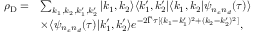
\begin{array} { r l } { \rho _ { \mathrm { D } } = } & { \sum _ { k _ { 1 } , k _ { 2 } , k _ { 1 } ^ { \prime } , k _ { 2 } ^ { \prime } } | k _ { 1 } , k _ { 2 } \rangle \langle k _ { 1 } ^ { \prime } , k _ { 2 } ^ { \prime } | \langle k _ { 1 } , k _ { 2 } | \psi _ { n _ { c } n _ { d } } ( \tau ) \rangle } \\ & { \times \langle \psi _ { n _ { c } n _ { d } } ( \tau ) | k _ { 1 } ^ { \prime } , k _ { 2 } ^ { \prime } \rangle e ^ { - 2 \tilde { \Gamma } \tau [ ( k _ { 1 } - k _ { 1 } ^ { \prime } ) ^ { 2 } + ( k _ { 2 } - k _ { 2 } ^ { \prime } ) ^ { 2 } ] } , } \end{array}